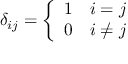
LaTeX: \delta _ { i j } = { \left\{ \begin{array} { l l } { 1 } & { i = j } \\ { 0 } & { i \not = j } \end{array} \right. }